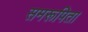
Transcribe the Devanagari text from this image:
समरूपिता